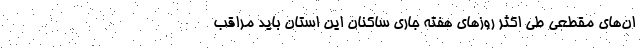
ان‌های مقطعی طی اکثر روزهای هفته جاری ساکنان این استان باید مراقب